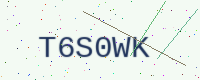
Text: T6S0WK